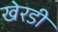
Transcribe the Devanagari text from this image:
खेरडी